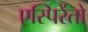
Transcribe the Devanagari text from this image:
एस्पिरेंतो